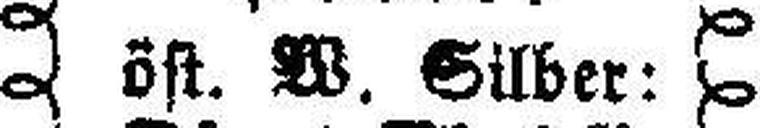
öst. W. Silber: